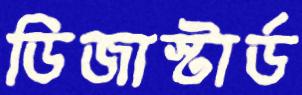
ডিজাস্টার্ড